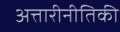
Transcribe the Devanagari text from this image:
अत्तारीनीतिकी